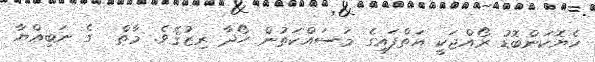
ހެޔޮކަންބޮޑު ރޯއްޖަކީ އަތްފައިގެ މަސައްކަތުން ހޯދާ ރިޒުޤެވެ. މާތް  ގެ ނަބިއްޔާ